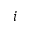
_ i